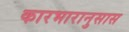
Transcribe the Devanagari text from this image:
कारभारानुसास